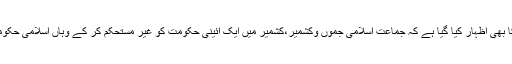
نوٹیفکیشن میں اس خدشے کا بھی اظہار کیا گیا ہے کہ جماعت اسلامی جموں وکشمیر،کشمیر میں ایک آئینی حکومت کو غیر مستحکم کر کے وہاں اسلامی حکومت کے قیام کی خواہاں ہے۔